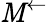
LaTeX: \mathit{M}^{\leftarrow}